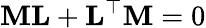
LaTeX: \mathbf{M}\mathbf{L}+\mathbf{L}^{\top}\mathbf{M}=0